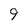
Character: 9